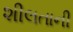
શીલતાની